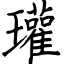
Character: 瓘